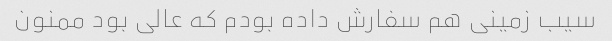
سیب زمینی هم سفارش داده بودم که عالی بود ممنون